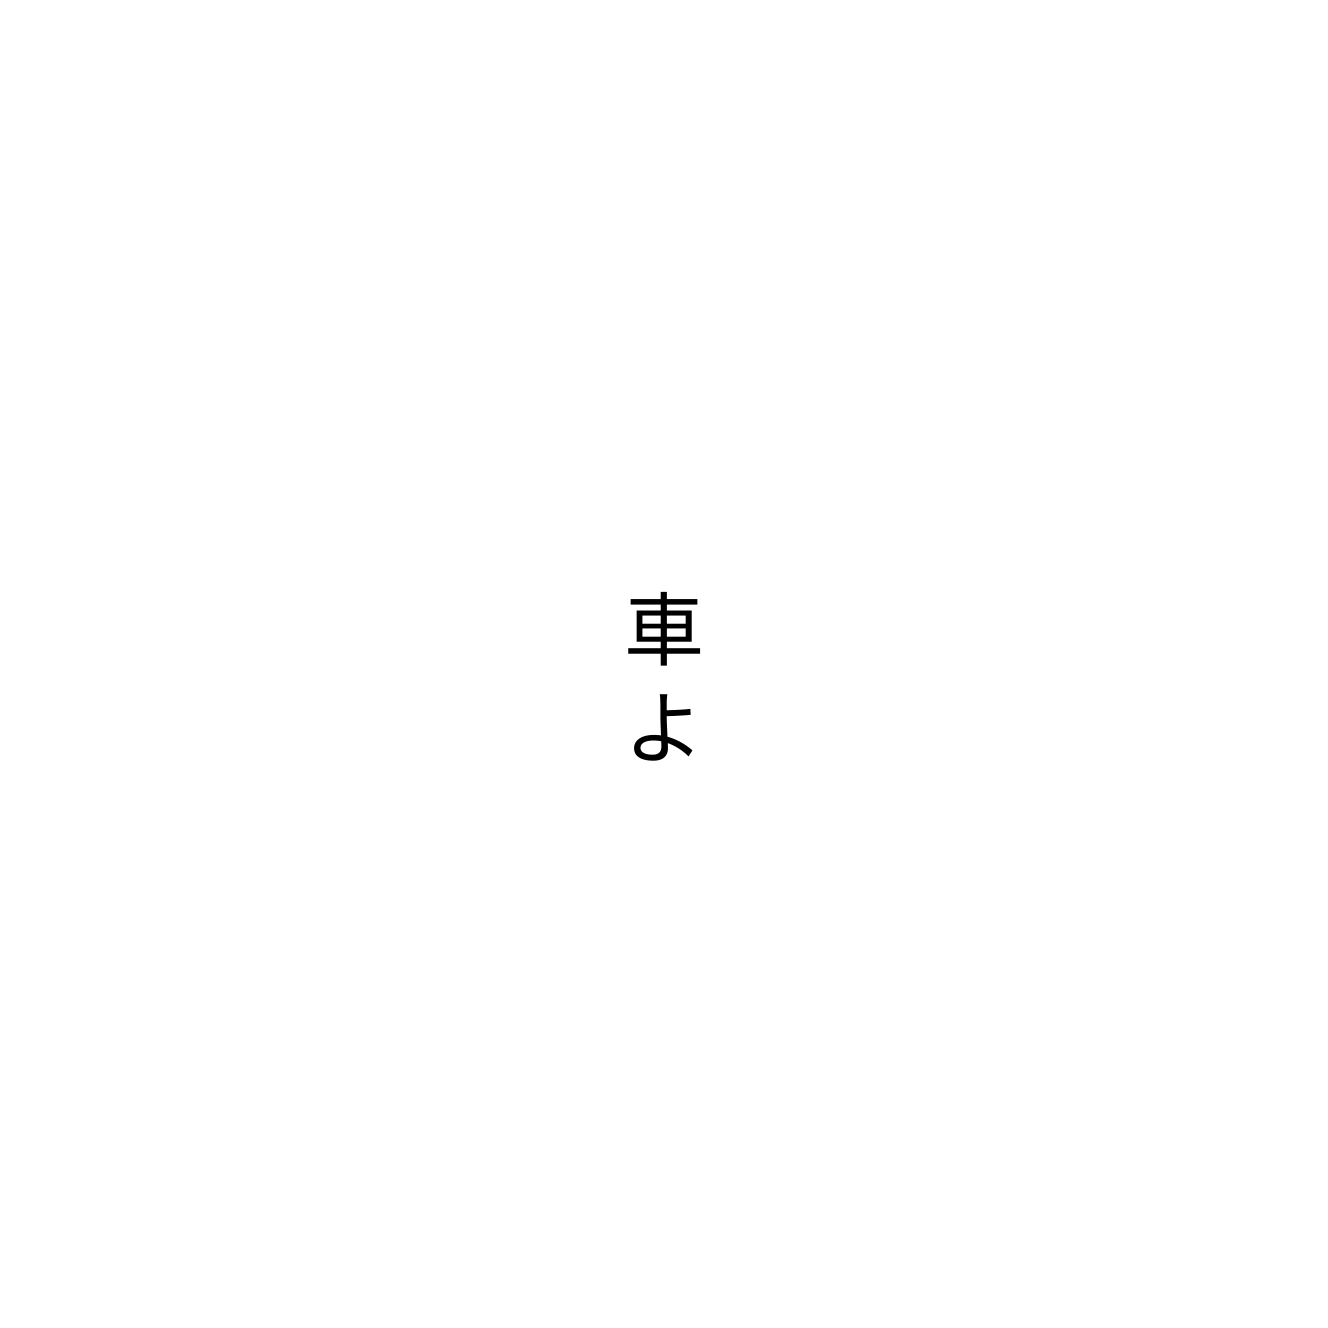
車よ